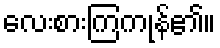
လေးစားကြကုန်၏။